Civil Veterinary Department. Madras. Admin. report 1910-25 - 1910-1925
Year: 1910
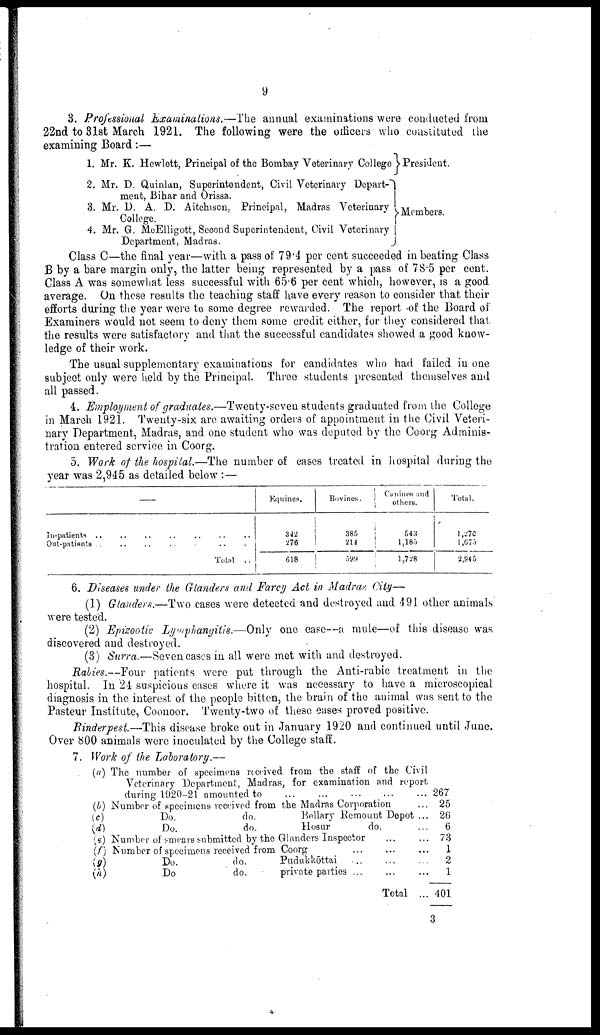
9
3. Professional Examinations.—The annual examinations were conducted from
22nd to 31st March 1921. The following were the officers who constituted the
examining Board:—
1.
2.
3.
4.
Mr. K. Hewlett, Principal of the Bombay Veterinary College
Mr. D. Quinlan, Superintendent, Civil Veterinary Depart-
ment, Bihar and Orissa.
Mr. D. A. D. Aitchison, Principal, Madras Veterinary
College.
Mr. G. McElligott, Second Superintendent, Civil Veterinary
Department, Madras.
J
►President.
Members.
Class C—the final year—with a pass of 79.4 per cent succeeded in beating Class
B by a bare margin only, the latter being represented by a pass of 78.5 per cent.
Class A was somewhat less successful with 65.6 per cent which, however, is a good
average. On these results the teaching staff have every reason to consider that their
efforts during the year were to some degree rewarded. The report of the Board of
Examiners would not seem to deny them some credit either, for they considered that
the results were satisfactory and that the successful candidates showed a good know
ledge of their work.
The usual supplementary examinations for candidates who had failed in one
subject only were held by the Principal. Three students presented themselves and
all passed.
4. Employment of graduates.—Twenty-seven students graduated from the College
in March 1921. Twenty-six are awaiting orders of appointment in the Civil Veteri
nary Department, Madras, and one student who was deputed by the Coorg Adminis
tration entered service in Coorg.
5. Work of the hospital.—The number of cases treated in hospital during the
year was 2,945 as detailed below :—
In-patients ..
Out-patients ..
..
Total
.
Equines.
342
276
618
Bovines.
385
214
599
Canines and
others.
543
1,185
l,728
Total.
1,270
1,675
2,945
6. Diseases under the Glanders and Farcy Act in Madras City—
(1) Glanders.—Two cases were detected and destroyed and 491 other animals
were tested.
(2) Epizootic Lymphangitis.—Only one case—a mule—of this disease was
discovered and destroyed.
(3) Surra.—Seven cases in all were met with and destroyed.
Rabies.--Four patients were put through the Anti-rabic treatment in the
hospital. In 24 suspicious cases where it was necessary to have a microscopical
diagnosis in the interest of the people bitten, the brain of the animal was sent to the
Pasteur Institute, Coonoor. Twenty-two of these eases proved positive.
Rinderpest.—This disease broke out in January 1920 and continued until June.
Over 800 animals were inoculated by the College staff.
7. Work of the Laboratory.—
(a)
(b)
(c)
(d)
(e)
(f)
(g)
(h)
The number of specimens received from the staff of the Civil
Veterinary Department, Madras, for examination and report
during 1920-21 amounted to
...
...
Number of specimens received from the Madras Corporation
Do.
do.
Bellary Remount Depot ...
Do.
do.
Hosur
do.
Number of smears submitted by the Glanders Inspector
Number of specimens received from Coorg
Do.
do.
Pudukkōttai ... ...
Do
do.
private parties ... ... ...
Total ...
267
25
26
6
73
1
2
1
401
3